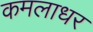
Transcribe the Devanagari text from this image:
कमलाधर